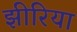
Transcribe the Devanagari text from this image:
झीरिया